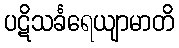
ပဋိသင်္ခရေယျာမာတိ